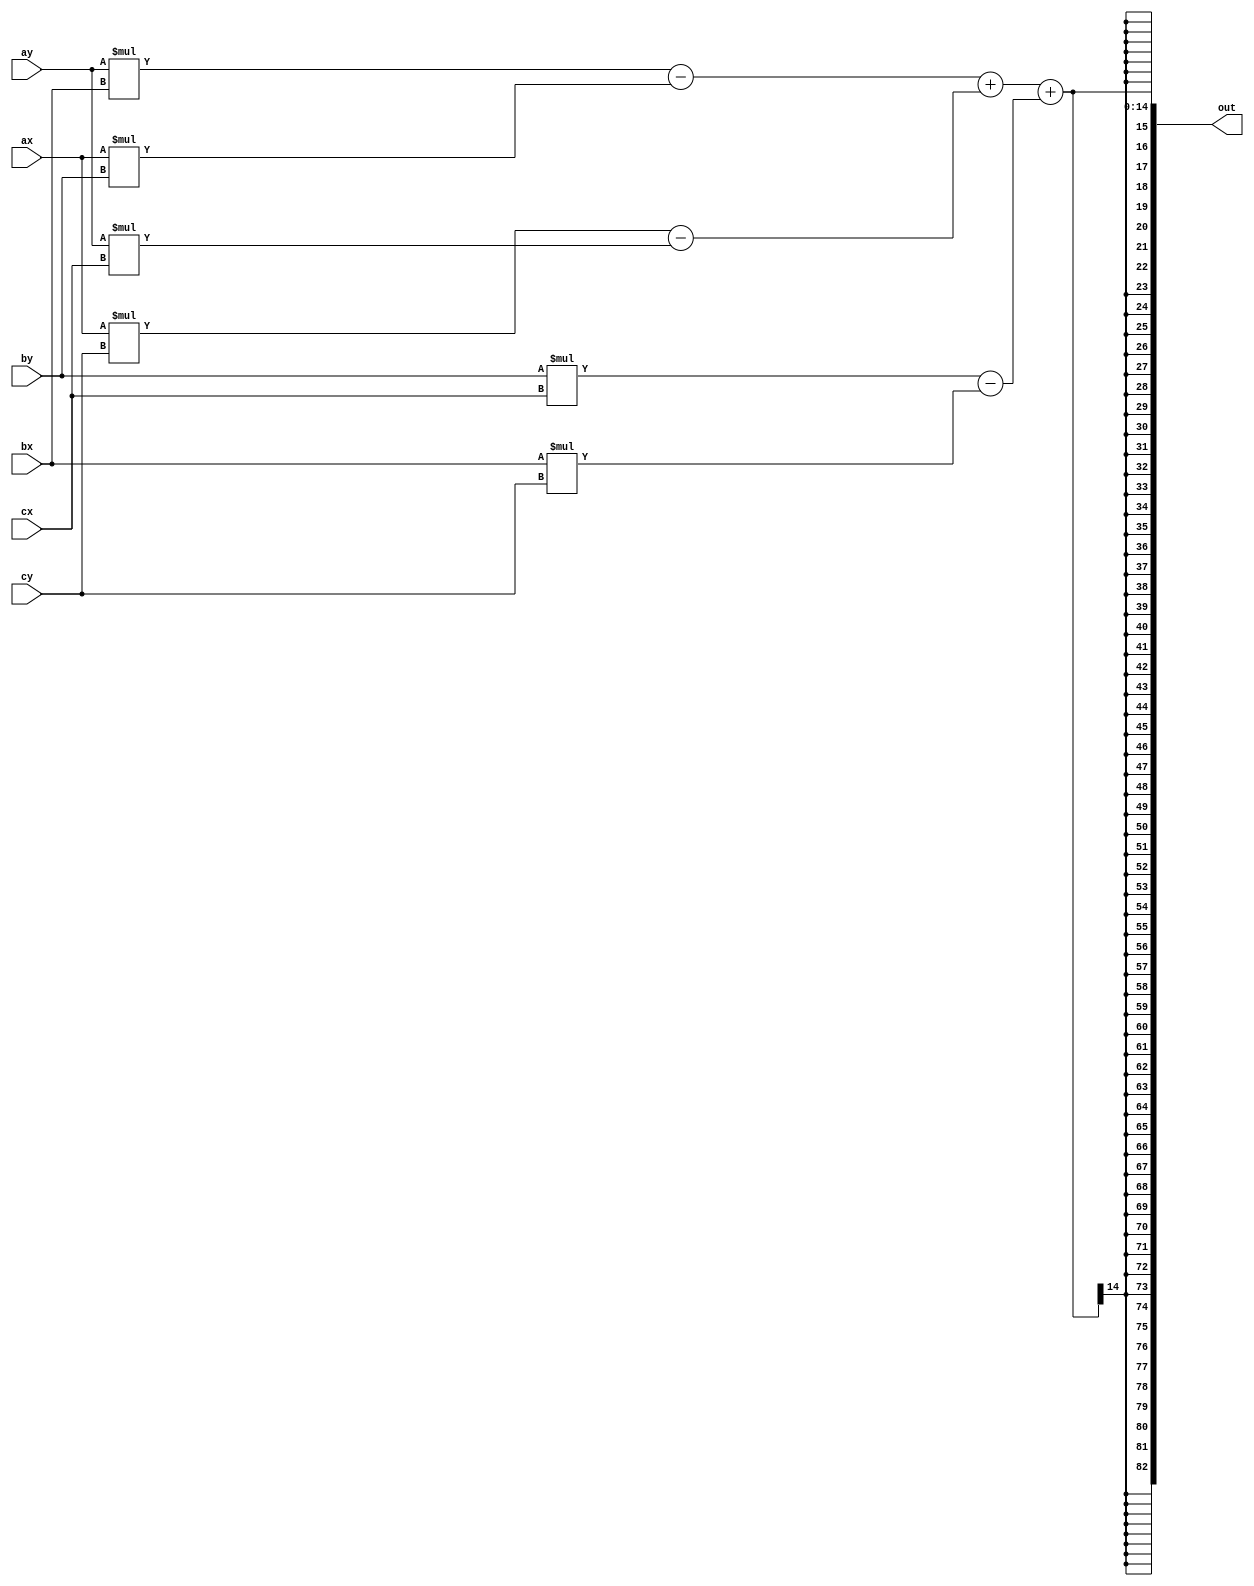
module Area(
	input [11:0] ax,
	input [11:0] ay,
	input [11:0] bx,
	input [11:0] by,
	input [11:0] cx,
	input [11:0] cy,
	output [82:0] out
);
	wire signed [11:0] m1;
	wire signed [11:0] m2;
	wire signed [11:0] m3;
	wire signed [11:0] m4;
	wire signed [11:0] m5;
	wire signed [11:0] m6;

	wire signed [23:0] s1;
	wire signed [23:0] s2;
	wire signed [23:0] s3;
	
	wire signed [82:0] sumf;

	assign m1 = ax * by;
	assign m2 = ay * bx;
	assign m3 = ay * cx;
	assign m4 = ax * cy;
	assign m5 = bx * cy;
	assign m6 = by * cx;

	assign s1 = m2 - m1;
	assign s2 = m4 - m3;
	assign s3 = m6 - m5;

	assign sumf = s1 + s2 + s3;
	
	assign out = sumf;

endmodule

module isintriangule(
	input [11:0] px,
	input [11:0] py,
	input [11:0] ax,
	input [11:0] ay,
	input [11:0] bx,
	input [11:0] by,
	input [11:0] cx,
	input [11:0] cy,
	output out
);
	wire [82:0] b1;
	wire [82:0] b2;
	wire [82:0] b3;
	
	Area A1(px, py, bx, by, cx, by, b1);
	Area A2(ax, ay, px, py, cx, cy, b2);
	Area A3(ax, ay, bx, by, px, py, b3);


	assign out = (b1 > 1'b0) && (b2 > 1'b0) && (b3 > 1'b0);

endmodule

module principal;

	integer input_file;
	integer output_file;

	reg [90:0] value;

	reg [11:0] ax; reg [11:0] ay;
	reg [11:0] bx; reg [11:0] by;
	reg [11:0] cx; reg [11:0] cy;
	reg [11:0] px; reg [11:0] py;

	isintriangule A(px, py, ax, ay, bx, by, cx, cy, out);

	integer x; 
	integer y;

	initial begin
		input_file  = $fopen("Result.txt", "r");
		output_file = $fopen("Result_verilog.txt", "w");

		if(input_file == 0) begin
			$display("Cannot open input_file. Does it exists?");
			$finish;
		end
	end

	always #2 begin
		if(!$feof(input_file)) begin			
			value = $fscanf(input_file, "A(%d, %d),  B(%d, %d), C(%d, %d),  P(%d, %d)\n", ax, ay, bx, by, cx, cy, px, py);
			#1			
			$fwrite(output_file, "A(%0d, %0d),  B(%0d, %0d), C(%0d, %0d),  P(%0d, %0d) = %0d\n", ax, ay, bx, by, cx, cy, px, py, out);
		end
		else begin
			$finish;
		end
	end

endmodule